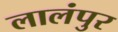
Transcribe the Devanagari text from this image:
लालंपुर